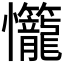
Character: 𭟬